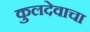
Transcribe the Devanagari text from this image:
कुलदेवाचा